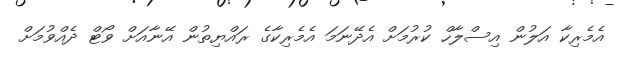
އެމެރިކާ އަލުން އިސްލާހް ކުރުމަށް އެދޭނަމަ އެމެރިކާގެ ރައްޔިތުން އޭނާއަށް ވޯޓް ދެއްވުމަށް